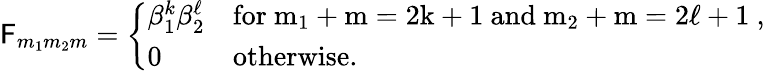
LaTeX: {\cal\mathsf{F}}_{m_{1}m_{2}m}=\left\{ \begin{array}{ll}{{\beta_{1}^{k}\beta_{2}^{\ell}}}&{{\mathrm{for~m_{1}+m=2k+1~and~m_{2}+m=2\ell+1~,}}}\\ {{0}}&{{\mathrm{otherwise.}}}\end{array}\right.